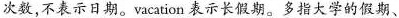
次数,不表示日期.vacation 表示长假期.多指大学的假期、